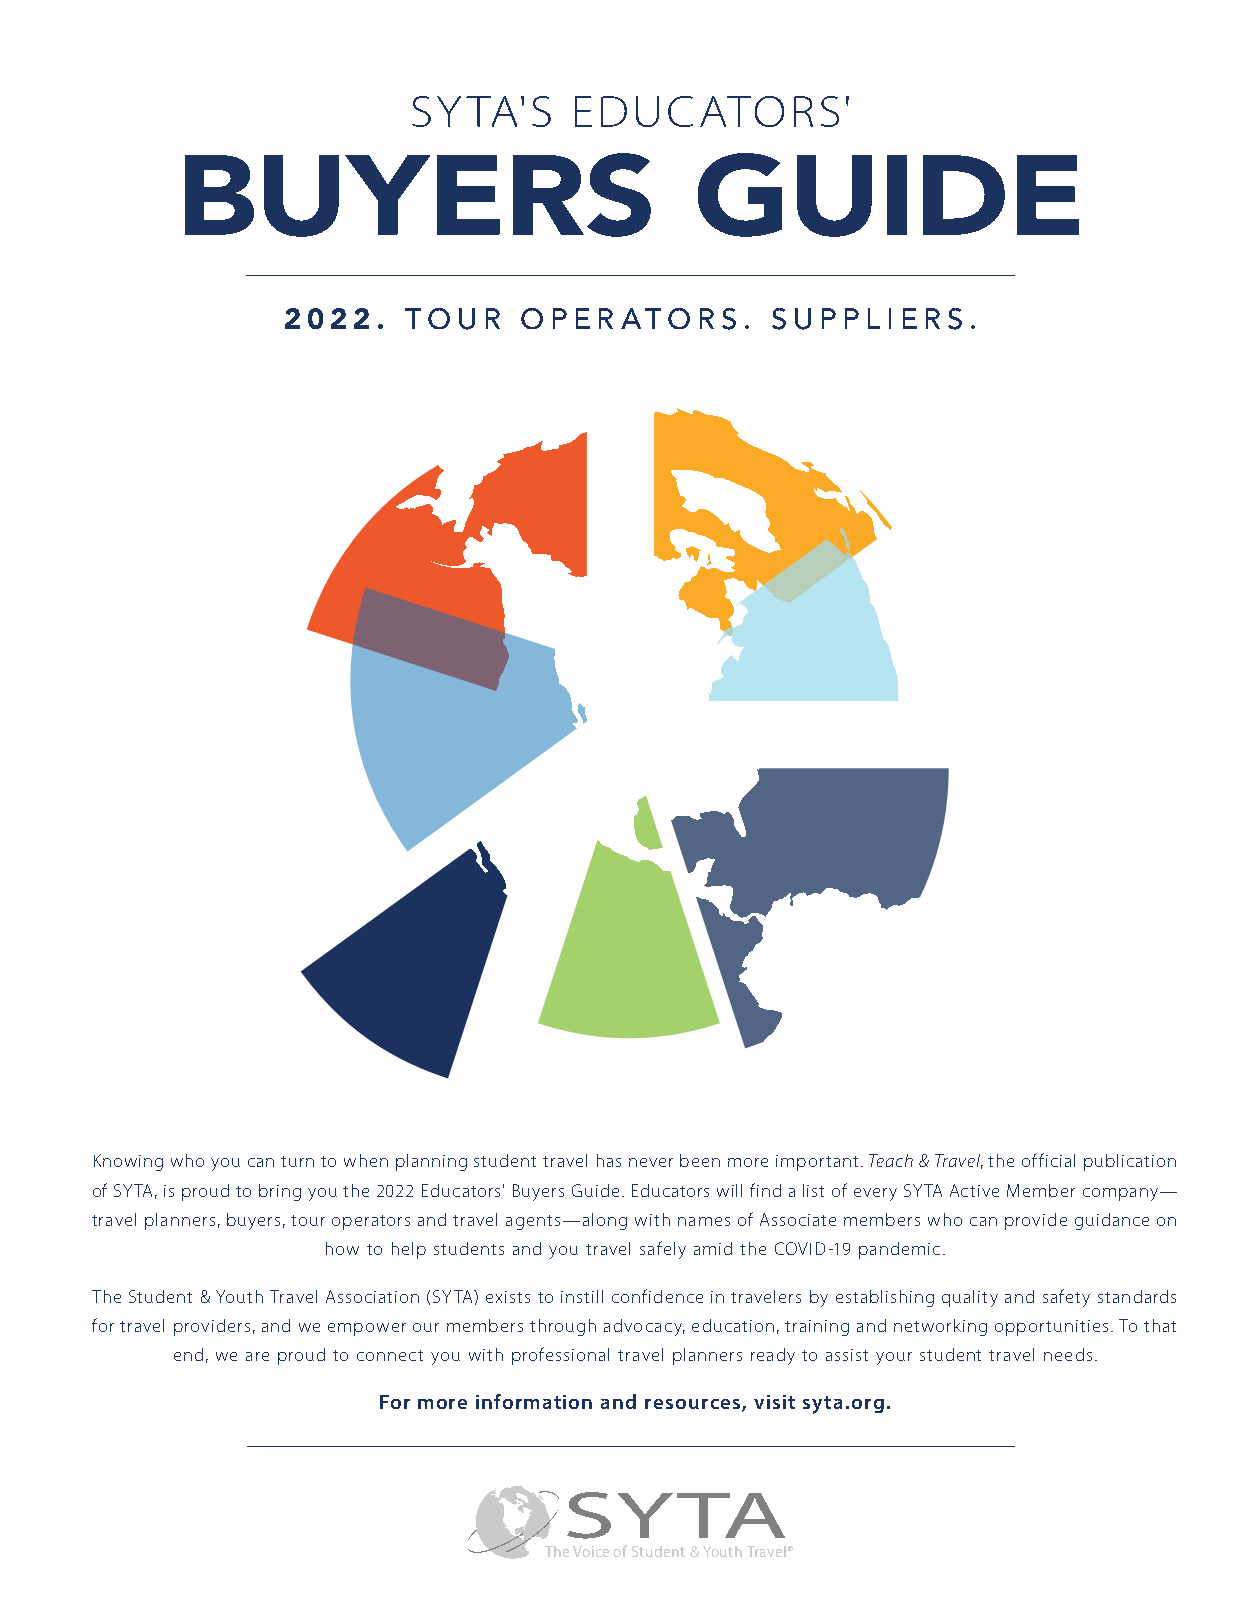
SYTA'S     EDUCATORS'
 BUYERS                            GUIDE
 2022.   TOUR   OPER   ATORS.    SUPPLIERS.
 Knowing who you can turn to when planning student travel has never been more important. Teach & Travel, the official publication
 of SYTA, is proud to bring you the 2022 Educators' Buyers Guide. Educators will find a list of every SYTA Active Member company—
 travel planners, buyers, tour operators and travel agents—along with names of Associate members who can provide guidance on
 how to help students and you travel safely amid the COVID-19 pandemic.
 The Student & Youth Travel Association (SYTA) exists to instill confidence in travelers by establishing quality and safety standards
 for travel providers, and we empower our members through advocacy, education, training and networking opportunities. To that
 end, we are proud to connect you with professional travel planners ready to assist your student travel needs.
 For more information and resources, visit syta.org.
 SYTA
 The Voice of Student & Youth Travel®
 1